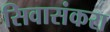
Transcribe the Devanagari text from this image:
सिवासंकरा